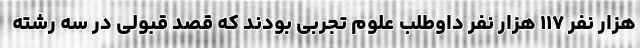
هزار نفر ۱۱۷ هزار نفر داوطلب علوم تجربی بودند که قصد قبولی در سه رشته